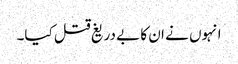
انہوں نے ان کا بے دریغ قتل کیا۔